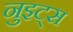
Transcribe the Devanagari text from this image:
नुइट्स